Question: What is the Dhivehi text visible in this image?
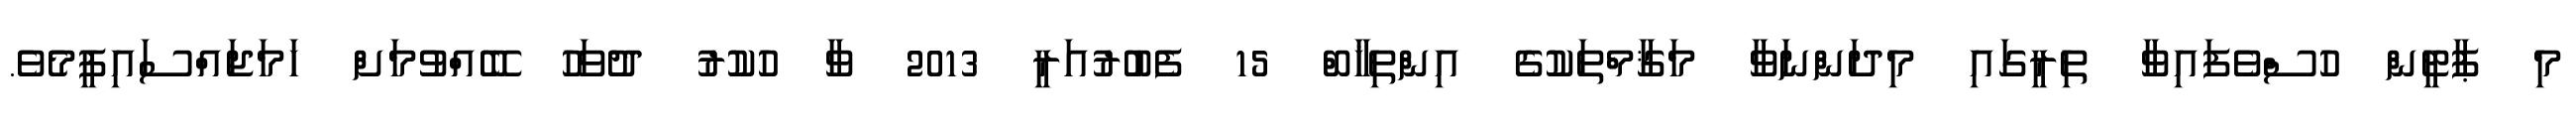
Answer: މި ޕާޓީން ހުސްވެފައިވާ ތިރީގައި މިދަންނަވާ މަޤާމްތަކުގެ އިންތިޚާބް 15 ފެބުރުއަރީ 2013 ވާ ހުކުރު ދުވަހު ބޭއްވުމަށް ހަމަޖައްސައިފީމެވެ.